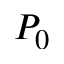
P _ { 0 }